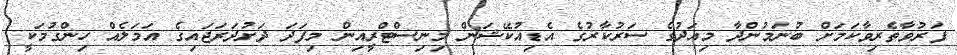
ފަރުވާތެރިވާކަމަށް ބުނަމުންދާ މިއަދުގެ ސަރުކާރުގެ އެޑިއުކޭޝަން މިނިސްޓްރީއިން މިފަދަ ދަށުދަރަޖައިގެ އަމަލެއް ހިންގުމަކީ